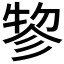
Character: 𢒢